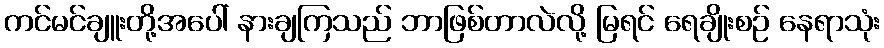
ကင်မင်ချူးတို့အပေါ် နားချကြသည် ဘာဖြစ်တာလဲလို့ မြရင် ရေချိုးစဉ် နေရာသုံး